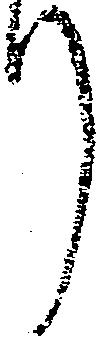
り